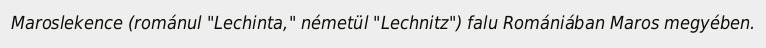
Maroslekence (románul "Lechinta," németül "Lechnitz") falu Romániában Maros megyében.